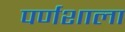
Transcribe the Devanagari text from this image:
पर्णशाला